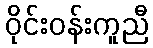
ဝိုင်းဝန်းကူညီ